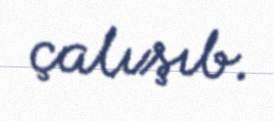
çalışıb.